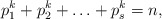
\begin{align*}p_1^k+p_2^k+\ldots +p_s^k=n,\end{align*}